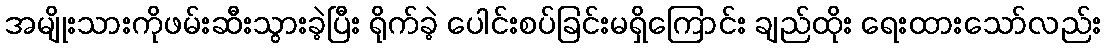
အမျိုးသားကိုဖမ်းဆီးသွားခဲ့ပြီး ရိုက်ခဲ့ ပေါင်းစပ်ခြင်းမရှိကြောင်း ချည်ထိုး ရေးထားသော်လည်း